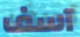
آسف